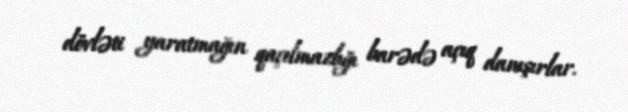
dövləti yaratmağın qaçılmazlığı barədə açıq danışırlar.